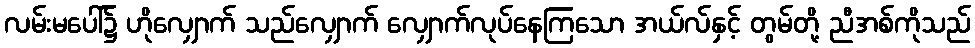
လမ်းမပေါ်၌ ဟိုလျှောက် သည်လျှောက် လျှောက်လုပ်နေကြသော အယ်လ်နှင့် တွမ်တို့ ညီအစ်ကိုသည်